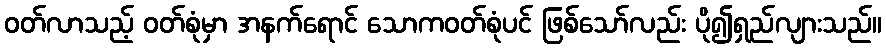
ဝတ်လာသည့် ဝတ်စုံမှာ အနက်ရောင် သောကဝတ်စုံပင် ဖြစ်သော်လည်း ပို၍ရှည်လျားသည်။